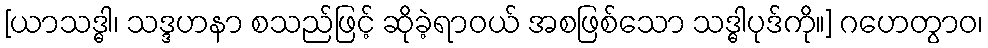
[ယာသဒ္ဓါ၊ သဒ္ဒဟနာ စသည်ဖြင့် ဆိုခဲ့ရာဝယ် အစဖြစ်သော သဒ္ဓါပုဒ်ကို။] ဂဟေတွာဝ၊